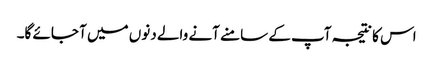
اس کا نتیجہ آپ کے سامنے آنے والے دنوں میں آ جائے گا۔